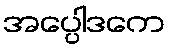
အပ္ပေါဒကေ